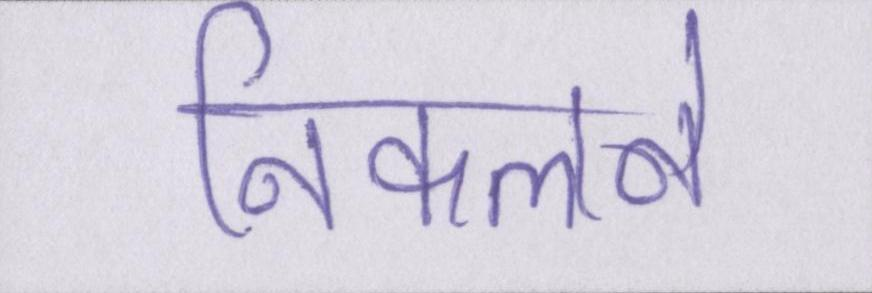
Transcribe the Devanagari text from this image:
निकलने